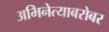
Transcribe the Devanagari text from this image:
अभिनेत्याबरोबर